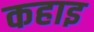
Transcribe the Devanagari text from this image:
कहाइ